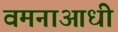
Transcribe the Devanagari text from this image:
वमनाआधी